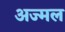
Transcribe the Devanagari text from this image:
अज्मल